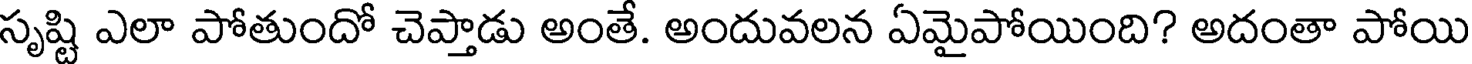
సృష్టి ఎలా పోతుందో చెప్తాడు అంతే. అందువలన ఏమైపోయింది? అదంతా పోయి